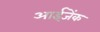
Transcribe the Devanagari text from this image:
आईजेंक